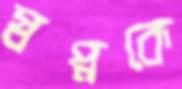
স্বপ্নকে